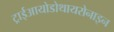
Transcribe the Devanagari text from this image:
ट्राईआयोडोथायरोनाइन